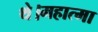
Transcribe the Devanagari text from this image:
थे।महात्मा